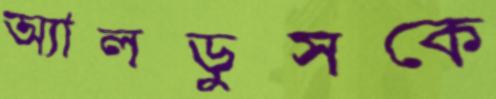
অ্যালডুসকে